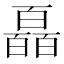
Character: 𤾩